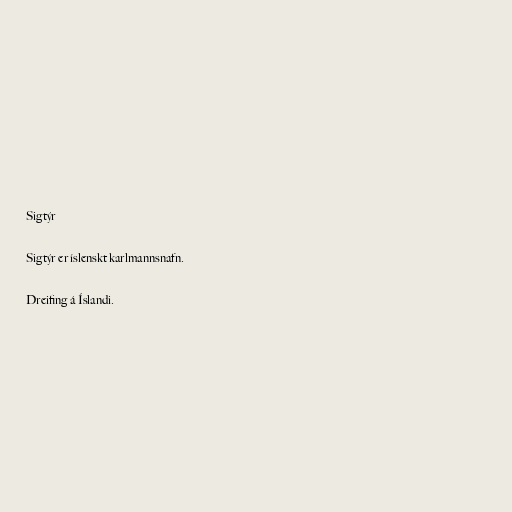
Sigtýr

Sigtýr er íslenskt karlmannsnafn.

Dreifing á Íslandi.